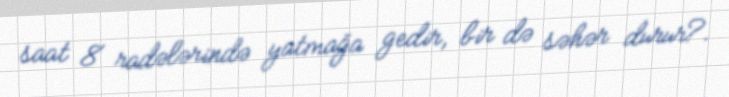
saat 8 radələrində yatmağa gedir, bir də səhər durur?.